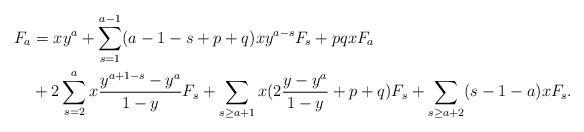
LaTeX: \begin{align*}F_a&=xy^a+\sum_{s=1}^{a-1}(a-1-s+p+q)xy^{a-s}F_s+pqxF_a\\&+2\sum_{s=2}^ax\frac{y^{a+1-s}-y^a}{1-y}F_s+\sum_{s\geq a+1}x(2\frac{y-y^a}{1-y}+p+q)F_s+\sum_{s\geq a+2}(s-1-a)xF_s.\end{align*}